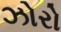
ઝોરો